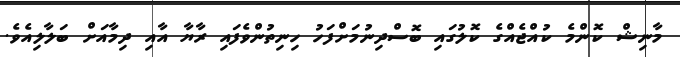
މާނިޝް ކޮންމެ ކުއްޖެއްގެ ކޮލުގައި ބޮސްދިނުމަށްފަހު ހިނިތުންވެފައި ރާޔާ އާއި ދިމާއަށް ބަލާލިއެވެ.